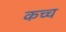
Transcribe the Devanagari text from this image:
कच्च